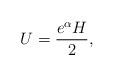
LaTeX: \begin{align*}U = \frac{e^\alpha H}{2},\end{align*}